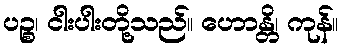
ပဉ္စ၊ ငါးပါးတို့သည်။ ဟောန္တိ၊ ကုန်။